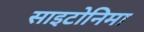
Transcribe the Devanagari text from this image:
साइटोनिमा